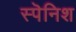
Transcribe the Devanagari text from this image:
स्पॆनिश